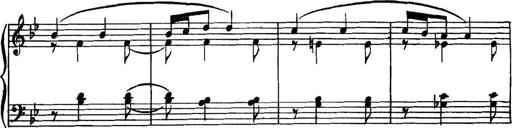
Title: Piano Sonatina in G minor
Composer: John Blackwood McEwen
Key: G minor